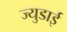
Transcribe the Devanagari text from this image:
ज्युडाई